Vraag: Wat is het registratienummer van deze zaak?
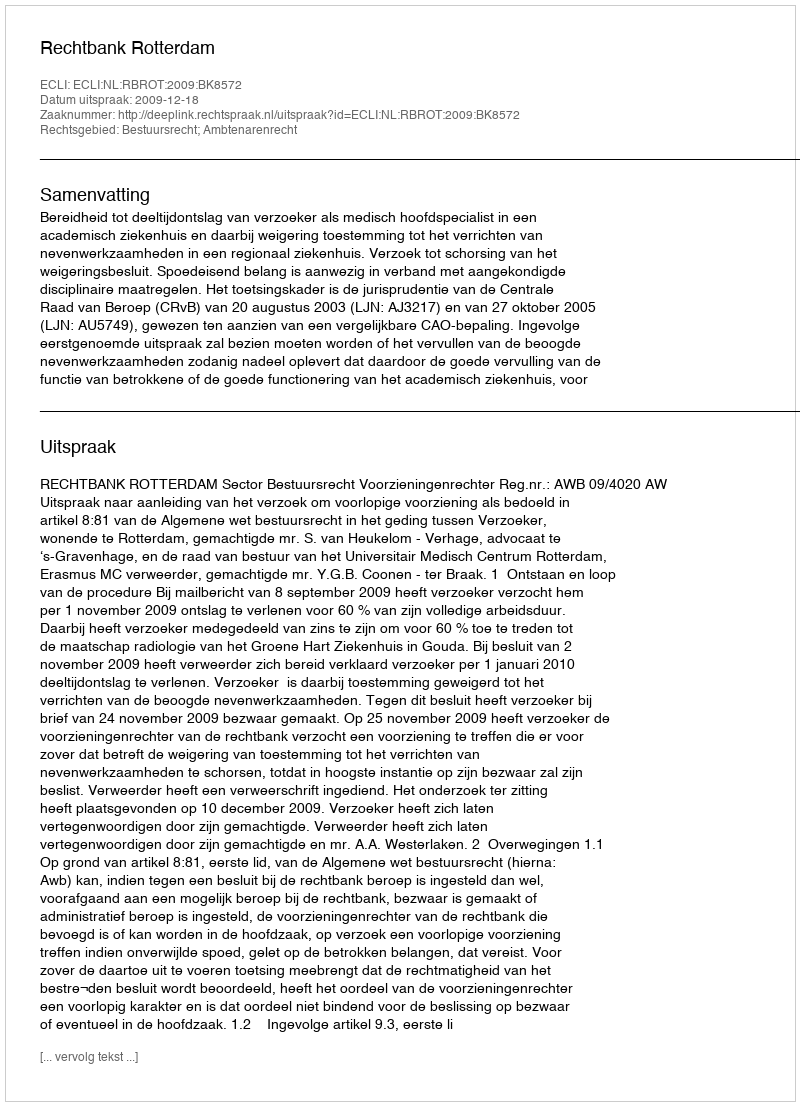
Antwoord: http://deeplink.rechtspraak.nl/uitspraak?id=ECLI:NL:RBROT:2009:BK8572